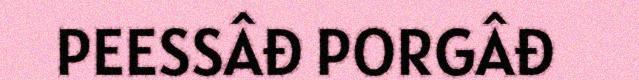
PEESSÂĐ PORGÂĐ